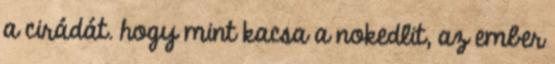
a cirádát. hogy mint kacsa a nokedlit, az ember